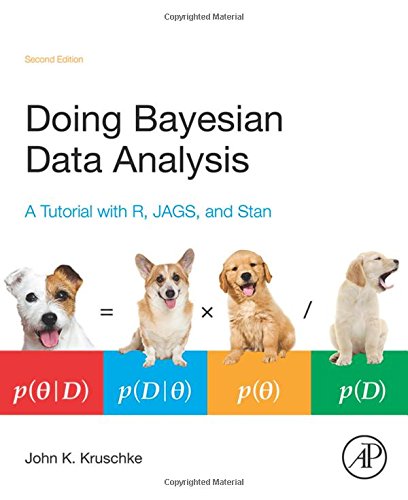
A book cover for Doing Bayesian Data Analysis, Second Edition: A Tutorial with R, JAGS, and Stan; John Kruschke; Science & Math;